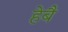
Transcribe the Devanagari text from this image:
हेबै